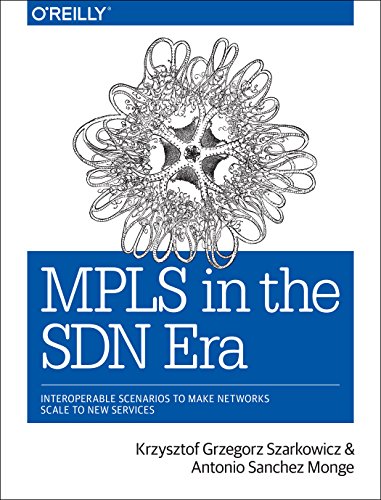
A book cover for MPLS in the SDN Era: Interoperable Scenarios to Make Networks Scale to New Services; Antonio Sanchez Monge; Computers & Technology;